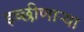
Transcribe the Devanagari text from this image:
इच्छीणाऱ्या